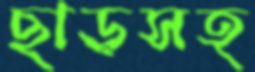
ছাড়সহ